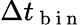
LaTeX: \Delta t_{\mathrm{~b~i~n~}}